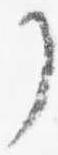
了